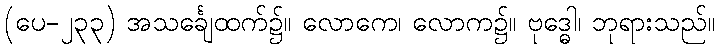
(ပေ-၂၃၃) အသင်္ချေထက်၌။ လောကေ၊ လောက၌။ ဗုဒ္ဓေါ၊ ဘုရားသည်။